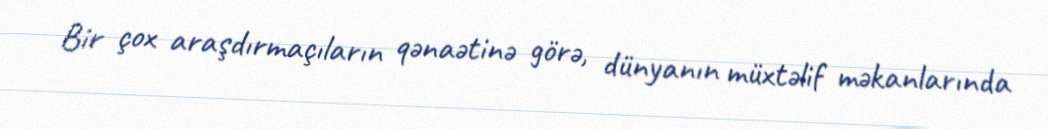
Bir çox araşdırmaçıların qənaətinə görə, dünyanın müxtəlif məkanlarında